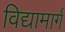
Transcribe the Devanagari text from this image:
विद्यामार्ग